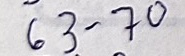
63 - 70